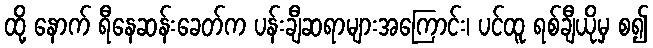
ထို့ နောက် ရီနေဆန်းခေတ်က ပန်းချီဆရာများအကြောင်း၊ ပင်ထူ ရစ်ချီယိုမှ စ၍